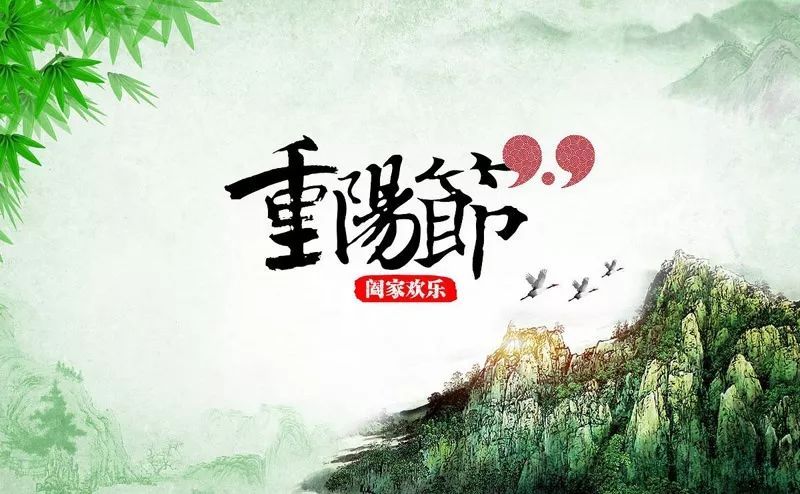
九日登高处，群山入望赊。